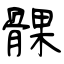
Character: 髁